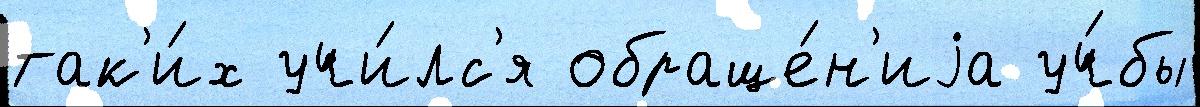
так'и́х учи́лс'я обраще́н'иjа уч́бы